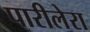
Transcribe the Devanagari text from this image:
पारीलेरा